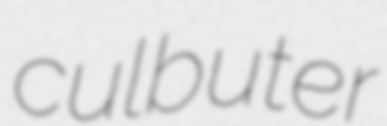
culbuter